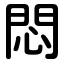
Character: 悶